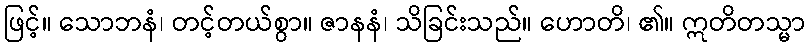
ဖြင့်။ သောဘနံ၊ တင့်တယ်စွာ။ ဇာနနံ၊ သိခြင်းသည်။ ဟောတိ၊ ၏။ ဣတိတသ္မာ